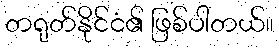
တရုတ်နိုင်ငံ၏ ဖြစ်ပါတယ်။